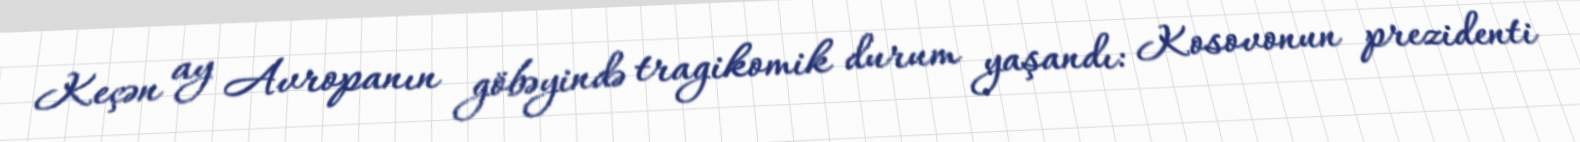
Keçən ay Avropanın göbəyində tragikomik durum yaşandı: Kosovonun prezidenti